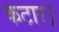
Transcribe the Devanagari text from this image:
कटार।